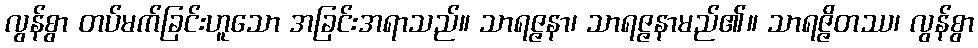
လွန်စွာ တပ်မက်ခြင်းဟူသော အခြင်းအရာသည်။ သာရဇ္ဇနာ၊ သာရဇ္ဇနာမည်၏။ သာရဇ္ဇိတဿ၊ လွန်စွာ